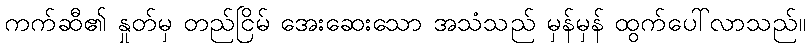
ကက်ဆီ၏ နှုတ်မှ တည်ငြိမ် အေးဆေးသော အသံသည် မှန်မှန် ထွက်ပေါ်လာသည်။